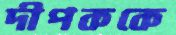
দীপককে